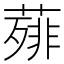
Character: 𦻰